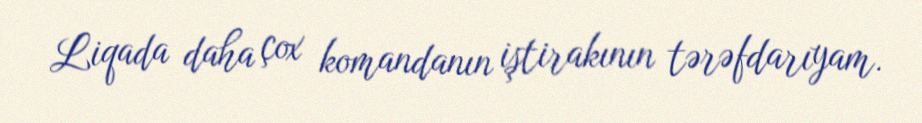
Liqada daha çox komandanın iştirakının tərəfdarıyam.